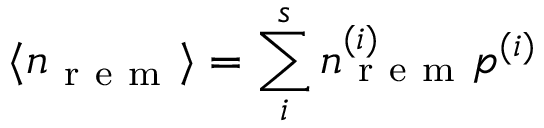
\langle n _ { \mathrm { ~ r ~ e ~ m ~ } } \rangle = \sum _ { i } ^ { s } n _ { \mathrm { ~ r ~ e ~ m ~ } } ^ { ( i ) } p ^ { ( i ) }